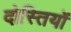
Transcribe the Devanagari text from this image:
दोस्तियों